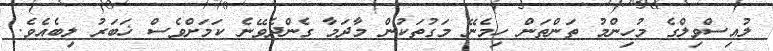
ލުއިސްވިލްގެ މުހިންމު ތަންތަން ހިމެނޭ މަގުތަކުން މާދަމާ ގެންދެވޭނެ ކަމަށްވެސް ޚަބަރު ލިބެއެވެ.